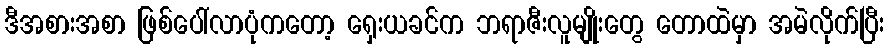
ဒီအစားအစာ ဖြစ်ပေါ်လာပုံကတော့ ရှေးယခင်က ဘရာဇီးလူမျိုးတွေ တောထဲမှာ အမဲလိုက်ပြီး